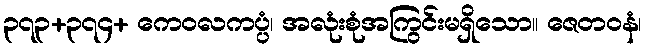
၃၇၃+၃၇၄+ ကေဝလကပ္ပံ၊ အလုံးစုံအကြွင်းမရှိသော။ ဇေတဝနံ၊